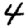
Digit: 4